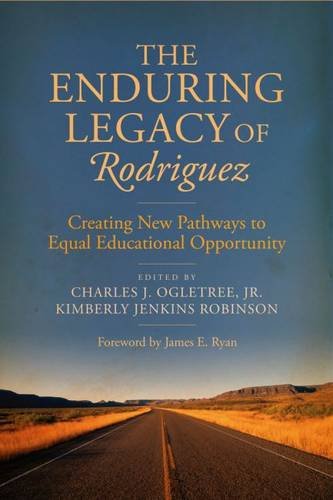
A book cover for The Enduring Legacy of Rodriguez: Creating New Pathways to Equal Educational Opportunity; Law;